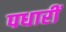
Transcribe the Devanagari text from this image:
पधारीं